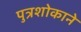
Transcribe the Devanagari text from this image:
पुत्रशोकाने